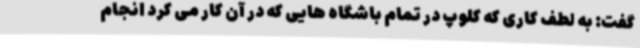
گفت: به لطف کاری که کلوپ در تمام باشگاه هایی که در آن کار می کرد انجام